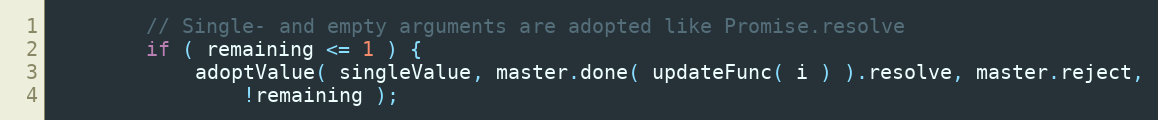
Language: JavaScript
		// Single- and empty arguments are adopted like Promise.resolve
		if ( remaining <= 1 ) {
			adoptValue( singleValue, master.done( updateFunc( i ) ).resolve, master.reject,
				!remaining );